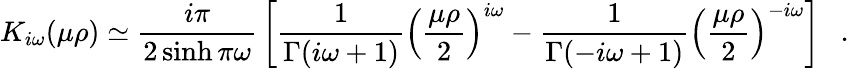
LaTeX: K_{i\omega}(\mu\rho)\simeq{\frac{i\pi}{2\sinh\pi\omega}}\left[{\frac{1}{\Gamma(i\omega+1)}}\left({\frac{\mu\rho}{2}}\right)^{i\omega}-{\frac{1}{\Gamma(-i\omega+1)}}\left({\frac{\mu\rho}{2}}\right)^{-i\omega}\right]~~~.